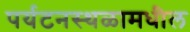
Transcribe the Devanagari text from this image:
पर्यटनस्थळामधील